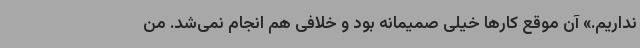
نداریم.» آن موقع کارها خیلی صمیمانه بود و خلافی هم انجام نمی‌شد. من